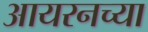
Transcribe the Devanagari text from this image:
आयरनच्या